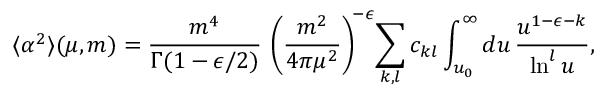
\langle \alpha ^ { 2 } \rangle ( \mu , m ) = \frac { m ^ { 4 } } { \Gamma ( 1 - \epsilon / 2 ) } \, \left( \frac { m ^ { 2 } } { 4 \pi \mu ^ { 2 } } \right) ^ { \! - \epsilon } \! \sum _ { k , l } c _ { k l } \int _ { u _ { 0 } } ^ { \infty } d u \, \frac { u ^ { 1 - \epsilon - k } } { \ln ^ { l } u } ,